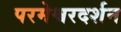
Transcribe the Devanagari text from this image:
परमेश्वरदर्शन